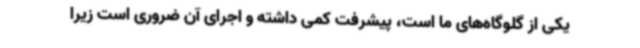
یکی از گلوگاه‌های ما است، پیشرفت کمی داشته و اجرای آن ضروری است زیرا